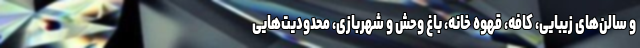
و سالن‌های زیبایی، کافه، قهوه خانه، باغ وحش و شهربازی، محدودیت‌هایی